Report of the Indian Hemp Drugs Commission, 1894-1895 - Volume I
Year: 1894
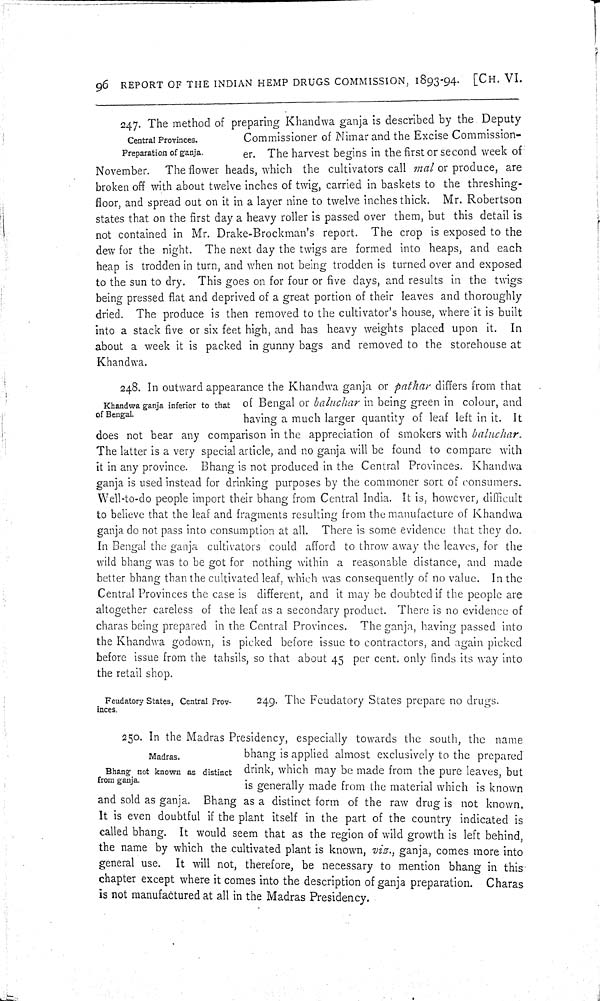
96 REPORT OF THE INDIAN HEMP DRUGS COMMISSION, 1893-94. [CH. VI.
Central Provinces.
Preparation of ganja.
247. The method of preparing Khandwa ganja is described by the Deputy
Commissioner of Nimar and the Excise Commission-
er. The harvest begins in the first or second week of
November.
The flower heads, which the cultivators call mal or produce, are
broken off with about twelve inches of twig, carried in baskets to the threshing-
floor, and spread out on it in a layer nine to twelve inches thick. Mr. Robertson
states that on the first day a heavy roller is passed over them, but this detail is
not contained in Mr. Drake-Brockman's report. The crop is exposed to the
dew for the night. The next day the twigs are formed into heaps, and each
heap is trodden in turn, and when not being trodden is turned over and exposed
to the sun to dry. This goes on for four or five days, and results in the twigs
being pressed flat and deprived of a great portion of their leaves and thoroughly
dried. The produce is then removed to the cultivator's house, where it is built
into a stack five or six feet high, and has heavy weights placed upon it. In
about a week it is packed in gunny bags and removed to the storehouse at
Khandwa.
Khandwa ganja inferior to that
of Bengal.
248. In outward appearance the Khandwa ganja or pathar differs from that
of Bengal or baluchar in being green in colour, and
having a much larger quantity of leaf left in it. It
does not bear any comparison in the appreciation of smokers with baluchar.
The latter is a very special article, and no ganja will be found to compare with
it in any province. Bhang is not produced in the Central Provinces. Khandwa
ganja is used instead for drinking purposes by the commoner sort of consumers.
Well-to-do people import their bhang from Central India. It is, however, difficult
to believe that the leaf and fragments resulting from the manufacture of Khandwa
ganja do not pass into consumption at all. There is some evidence that they do.
In Bengal the ganja cultivators could afford to throw away the leaves, for the
wild bhang was to be got for nothing within a reasonable distance, and made
better bhang than the cultivated leaf, which was consequently of no value. In the
Central Provinces the case is different, and it may be doubted if the people are
altogether careless of the leaf as a secondary product. There is no evidence of
charas being prepared in the Central Provinces. The ganja, having passed into
the Khandwa godown, is picked before issue to contractors, and again picked
before issue from the tahsils, so that about 45 per cent. only finds its way into
the retail shop.
Feudatory States, Central Prov-
inces.
249. The Feudatory States prepare no drugs.
Madras.
Bhang not known as distinct
from ganja.
250. In the Madras Presidency, especially towards the south, the name
bhang is applied almost exclusively to the prepared
drink, which may be made from the pure leaves, but
is generally made from the material which is known
and sold as ganja. Bhang as a distinct form of the raw drug is not known,
It is even doubtful if the plant itself in the part of the country indicated is
called bhang. It would seem that as the region of wild growth is left behind,
the name by which the cultivated plant is known, viz., ganja, comes more into
general use. It will not, therefore, be necessary to mention bhang in this
chapter except where it comes into the description of ganja preparation. Charas
is not manufactured at all in the Madras Presidency.